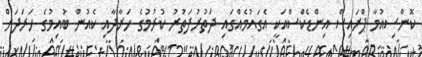
ކޮންސިއުމާ ޕްރައިސް އިންޑެކްސްއަކީ އެގައުމެއްގައި ދަތުރުފަތުރު ކުރުމުގެ ހަރާދާއި ކެއުން ބުއިމުގެ ހަރަދަށް